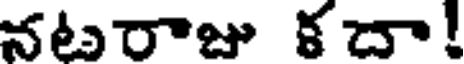
నటరాజు కదా!